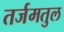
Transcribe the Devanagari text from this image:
तर्जमतुल